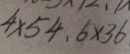
4 \times 5 4 , 6 \times 3 6 ,